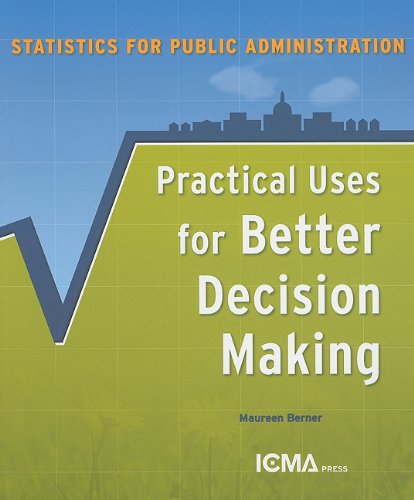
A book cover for Statistics for Public Administration: Practical Uses for Better Decision Making; Maureen Bemer; Business & Money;